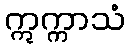
ဣက္ကာသံ